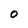
Character: O